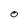
Character: O